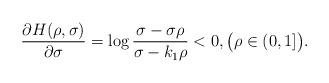
LaTeX: \begin{align*}\frac{\partial H(\rho,\sigma)}{\partial\sigma}=\log\frac{\sigma-\sigma\rho}{\sigma-k_1\rho}<0,\bigl(\rho\in (0,1]\bigr).\end{align*}